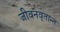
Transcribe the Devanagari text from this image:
जीवनवृतान्त